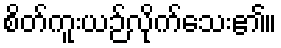
စိတ်ကူးယဉ်လိုက်သေး၏။